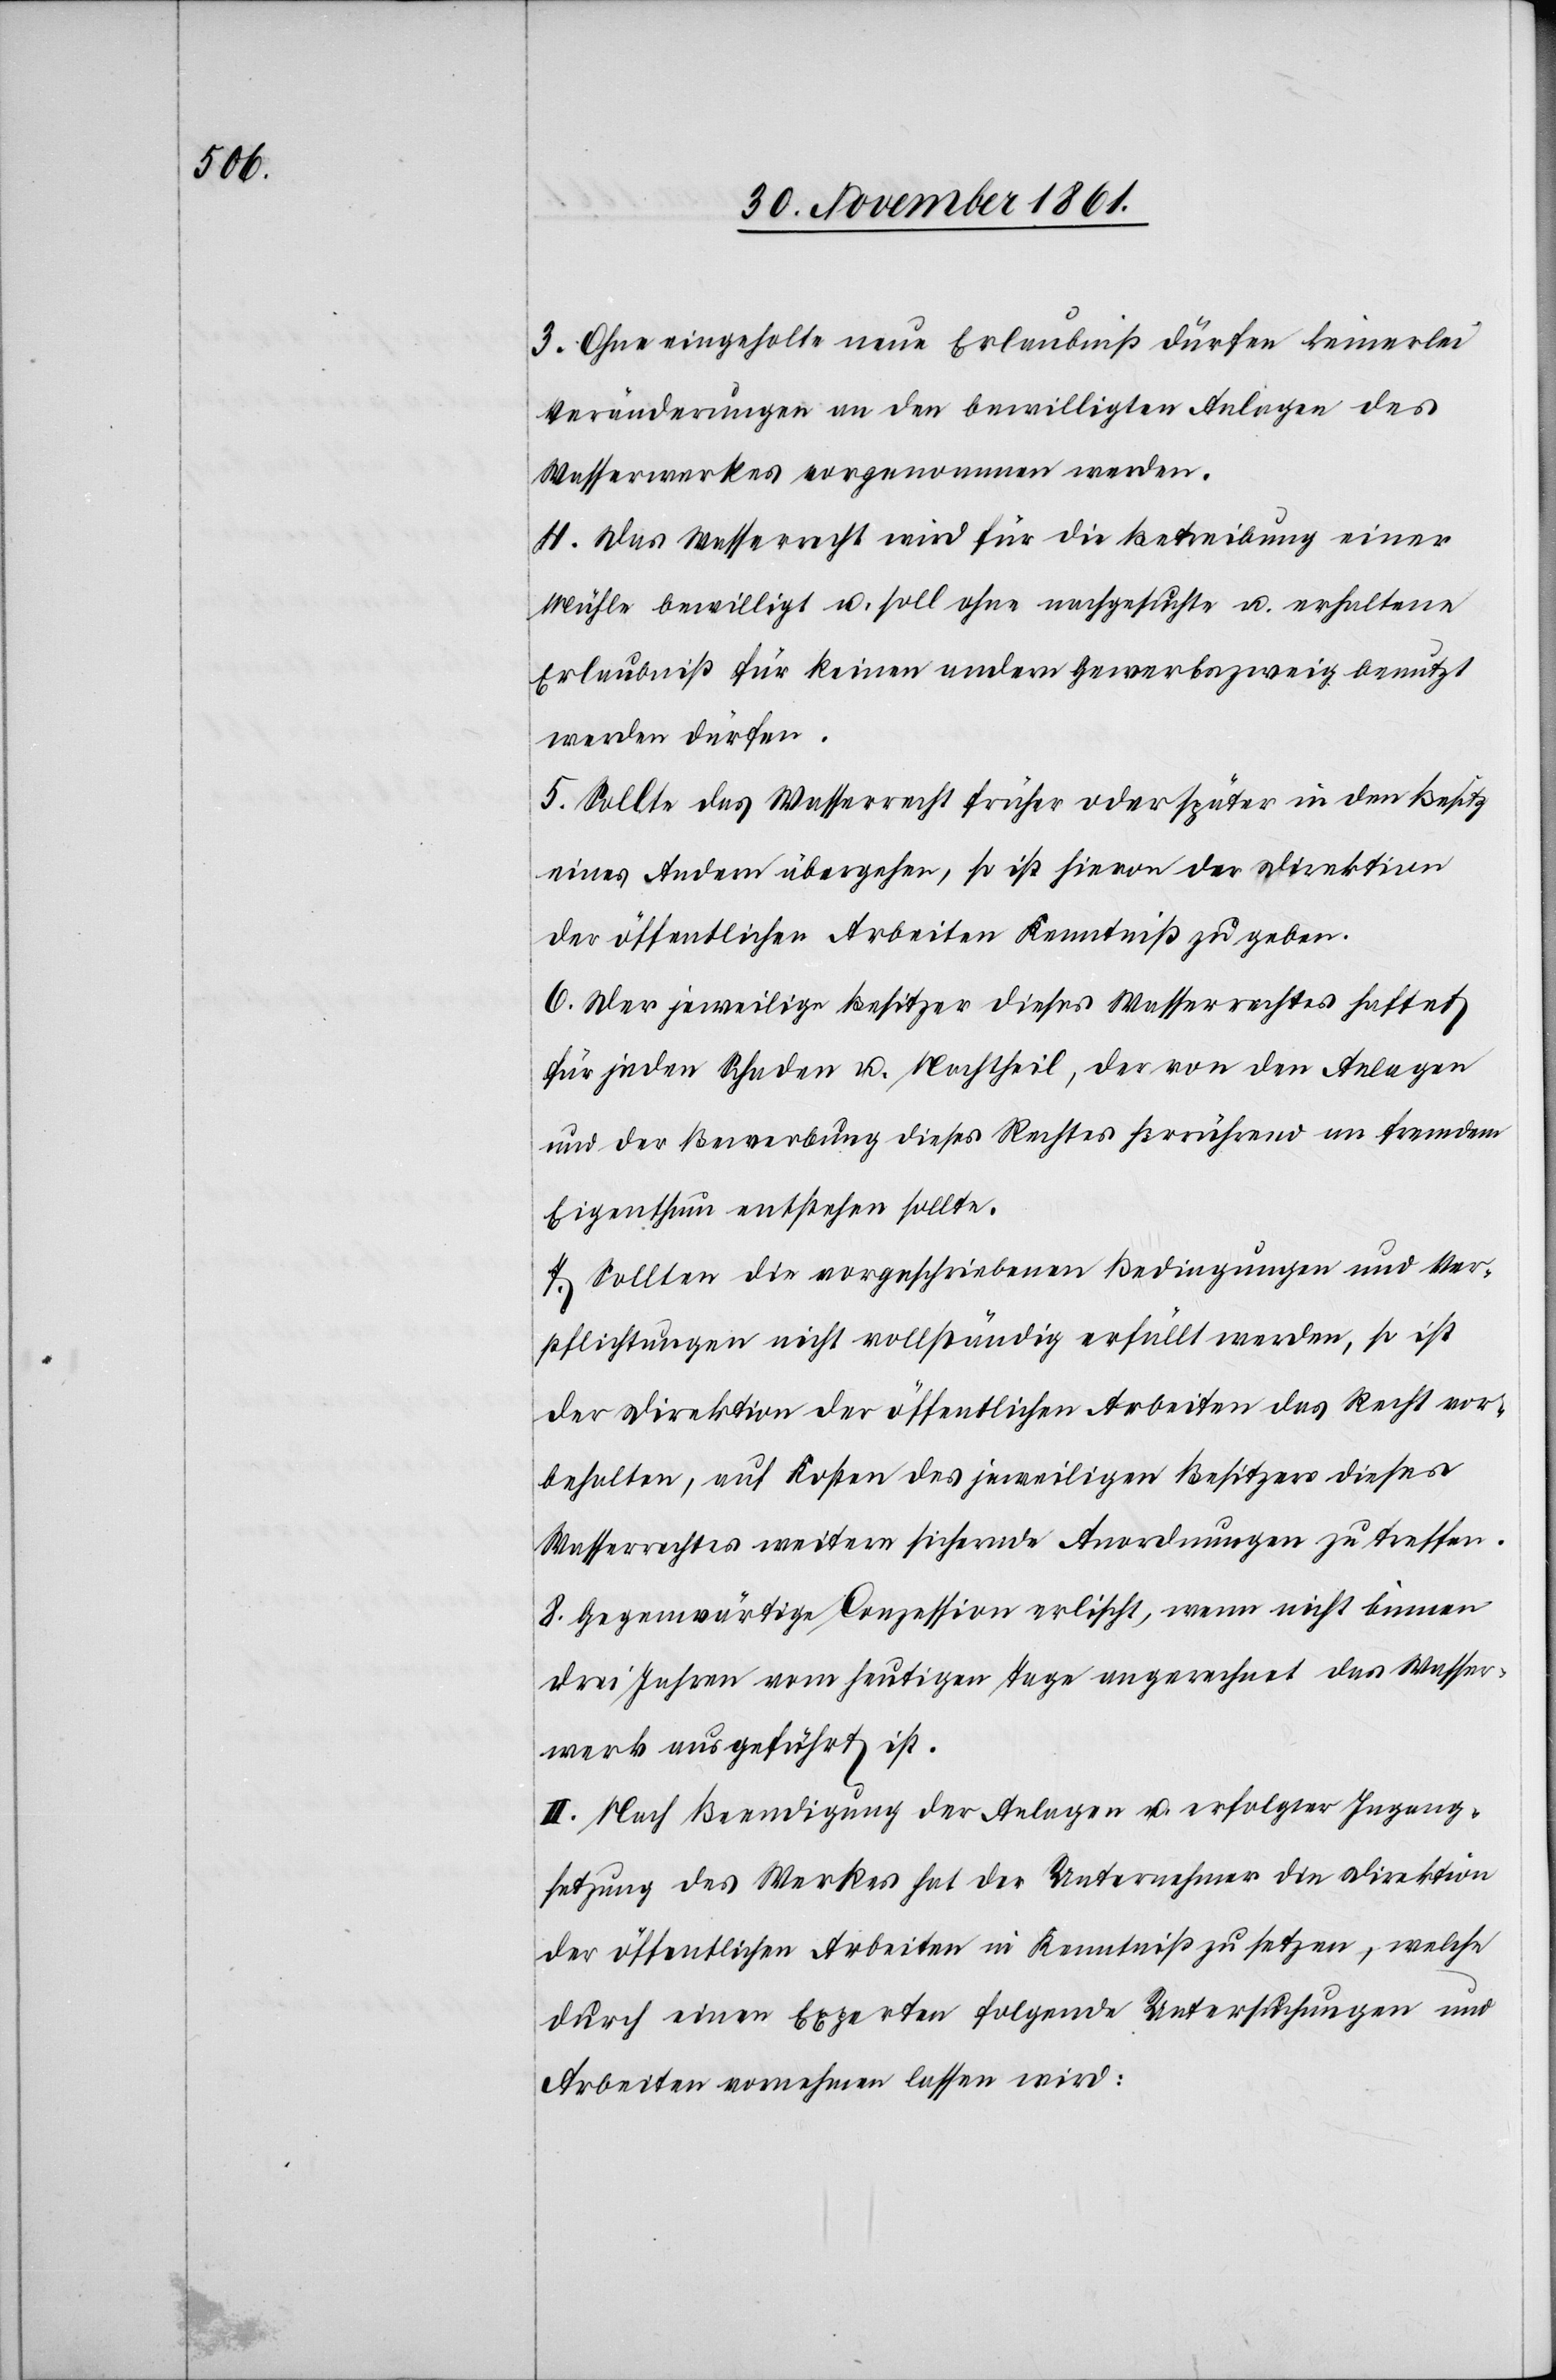
3. Ohne eingeholte neue Erlaubniß dürfen keinerlei
Veränderungen an den bewilligten Anlagen des
Wasserwerkes vorgenommen werden.
4. Das Wasserrecht wird für die Betreibung einer
Mühle bewilligt u. soll ohne nachgesuchte u. erhaltene
Erlaubniß für keinen andern Gewerbszweig benutzt
werden dürfen.
5. Sollte das Wasserwerk früher oder später in den Besitz
eines Andern übergehen, so ist hievon der Direktion
der öffentlichen Arbeiten Kenntniß zu geben.
6. Der jeweilige Besitzer dieses Wasserrechtes haftet
für jeden Schaden u. Nachtheil, der von den Anlagen
und der Bewerbung dieses Rechtes herrührend an fremdem
Eigenthum entstehen sollte.
7. Sollten die vorgeschriebenen Bedingungen und Ver¬
pflichtungen nicht vollständig erfüllt werden, so ist
der Direktion der öffentlichen Arbeiten das Recht vor¬
behalten, auf Kosten des jeweiligen Besitzers dieses
Wasserrechtes weitere sichernde Anordnungen zu treffen.
8. Gegenwärtige Conzession erlischt, wenn nicht binnen
drei Jahren vom heutigen Tage angerechnet das Wasser¬
werk ausgeführt ist.
II. Nach Beendigung der Anlagen u. erfolgter Ingang¬
setzung des Werkes hat der Unternehmer die Direktion
der öffentlichen Arbeiten in Kenntniß zu setzen, welche
durch einen Experten folgende Untersuchungen und
Arbeiten vornehmen lassen wird: